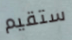
ستقيم